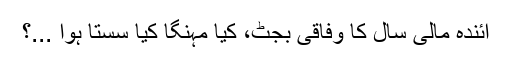
آئندہ مالی سال کا وفاقی بجٹ، کیا مہنگا کیا سستا ہوا ...؟